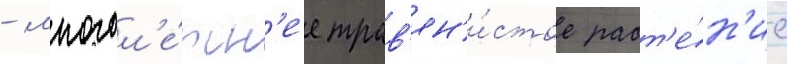
- многол'е́тн'ее трав'ян'и́стое раст'е́н'ие